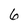
Character: 6